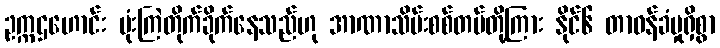
ဥက္ကဌဟောင်း ဗုံးကြဲတိုက်ခိုက်နေသည်ဟု အာဏာသိမ်းစစ်တပ်တို့ကြား နိုင်၆ တာဝန်ခံမှုရှိစွာ